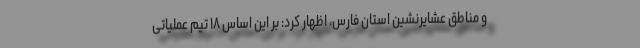
و مناطق عشایرنشین استان فارس، اظهار کرد: بر این اساس ۱۸ تیم عملیاتی